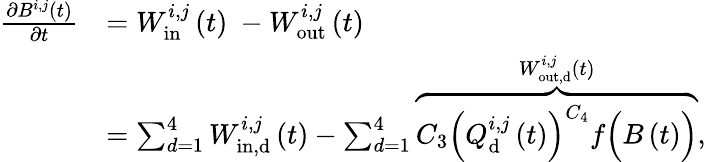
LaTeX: \begin{array}{rl}{\frac{\mathrm{\partial}B^{i,j}(t)}{\mathrm{\partial}t}}&{=W_{\mathrm{in}}^{i,j}\left(t\right)\ -W_{\mathrm{out}}^{i,j}\left(t\right)}\\ &{=\sum_{d=1}^{4}{W_{\mathrm{in,}\mathrm{d}}^{i,j}\left(t\right)}-\sum_{d=1}^{4}{\overbrace{C_{3}{\left(Q_{\mathrm{d}}^{i,j}\left(t\right)\right)}^{C_{4}}f\Bigl(B\left(t\right)\Bigr)}^{W_{\mathrm{out,d}}^{i,j}\left(t\right)},}}\end{array}